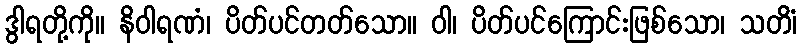
ဒွါရတို့ကို။ နိဝါရဏံ၊ ပိတ်ပင်တတ်သော။ ဝါ၊ ပိတ်ပင်ကြောင်းဖြစ်သော၊ သတိံ၊